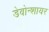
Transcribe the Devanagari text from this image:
डेवोन्शायर